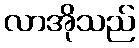
လာအိုသည်